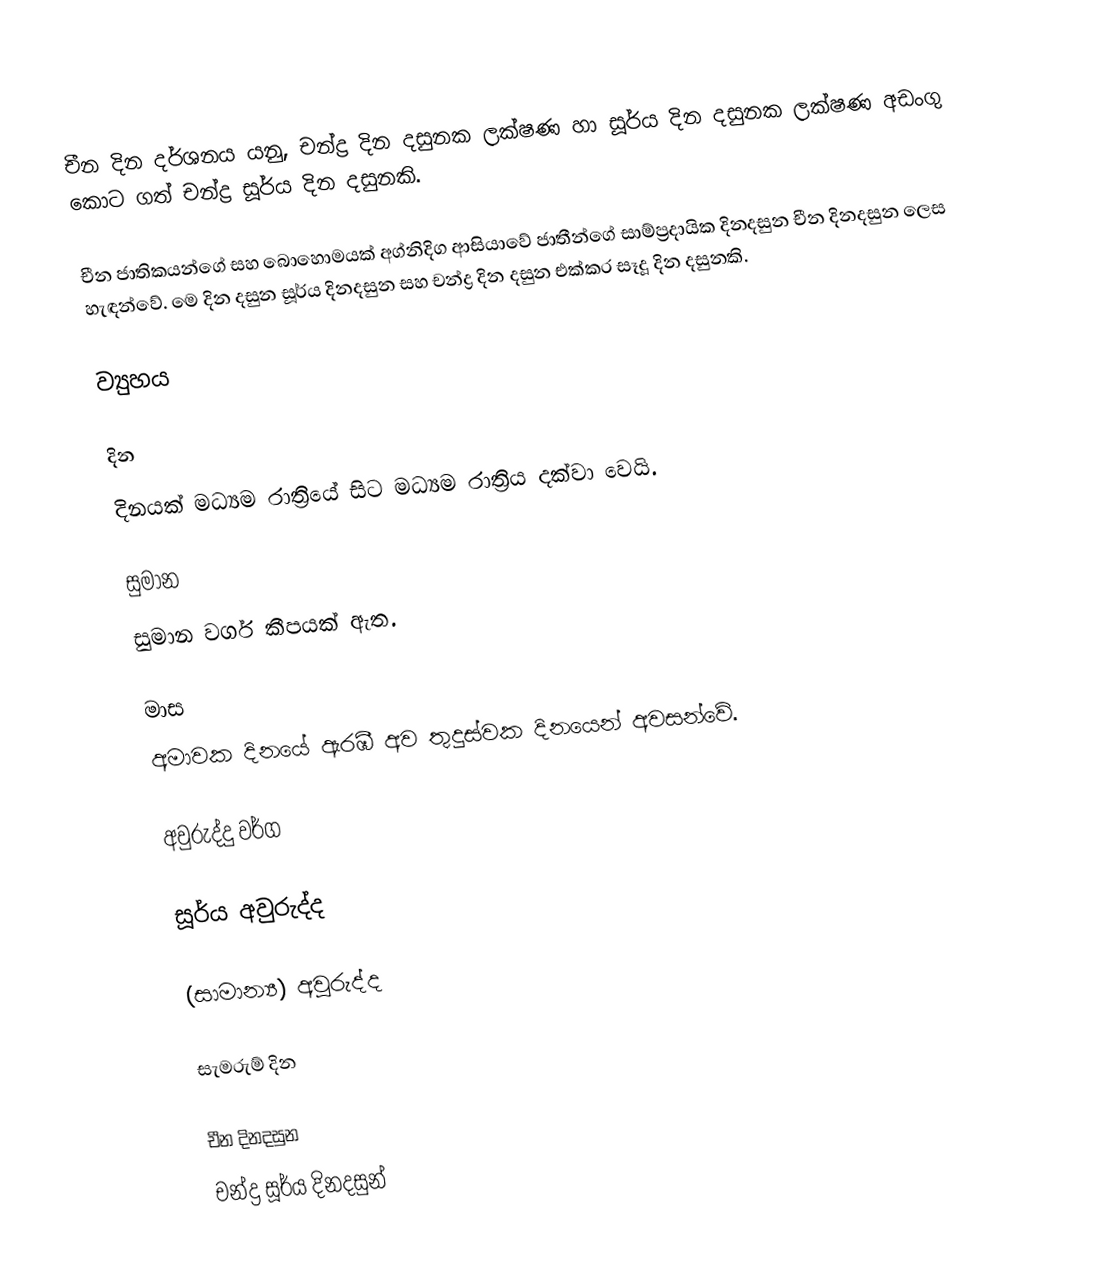
චීන දින දර්ශනය යනු,  චන්ද්‍ර දින දසුනක ලක්ෂණ හා  සූර්ය දින දසුනක ලක්ෂණ අඩංගු කොට ගත් චන්ද්‍ර සූර්ය දින දසුනකි.

චීන ජාතිකයන්ගේ සහ බොහොමයක් අග්නිදිග ආසියාවේ ජාතීන්ගේ සාම්ප්‍රදායික දිනදසුන  චීන දිනදසුන ලෙස හැඳන්වේ. මෙ දින දසුන සූර්ය දිනදසුන සහ චන්ද්‍ර දින දසුන එක්කර සෑදූ දින දසුනකි.

ව්‍යුහය

දින
දිනයක් මධ්‍යම රාත්‍රියේ සිට මධ්‍යම රාත්‍රිය දක්වා වෙයි.

සුමාන
සුමාන වර්ග කීපයක් ඇත.

මාස
අමාවක දිනයේ ඇරඹී අව තුදුස්වක දිනයෙන් අවසන්වේ.

අවුරුද්දු වර්ග

සූර්ය අවුරුද්ද

(සාමාන්‍ය) අවුරුද්ද

සැමරුම් දින

චීන දිනදසුන
චන්ද්‍ර සූර්ය දිනදසුන්